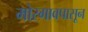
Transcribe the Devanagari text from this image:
मोरगावपासून